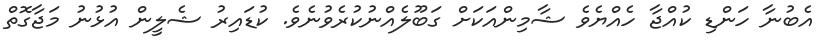
އެބުނާ ހަންޑި ކުއްޖާ ހެއްޔެވެ ޝާމިންއަކަށް ގަބޫލެއްނުކުރެވުނެވެ. ކުޑައިރު ޝެލީން އުޅުނު މަޖާގޮތް